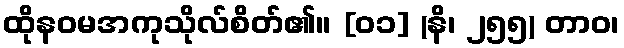
ထိုနဝမအကုသိုလ်စိတ်၏။ [၀၁] (နိ၊ ၂၅၅) တာဝ၊